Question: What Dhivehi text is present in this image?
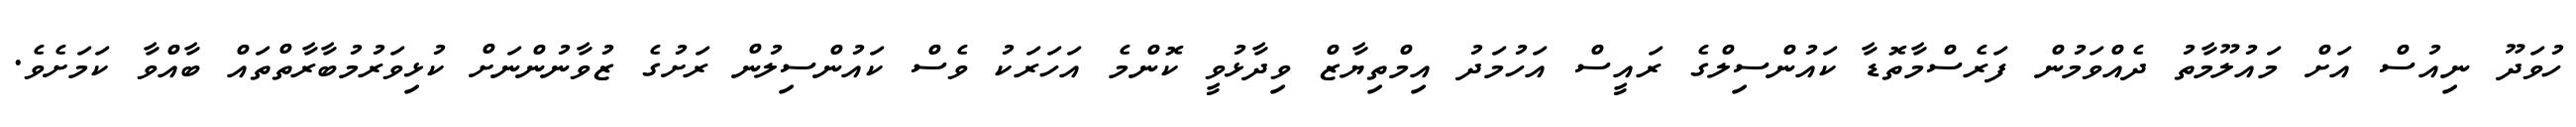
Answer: ހުވަދޫ ނިއުސް އަށް މައުލޫމާތު ދެއްވަމުން ފަރެސްމާތޮޑާ ކައުންސިލްގެ ރައީސް އަހުމަދު އިމްތިޔާޒް ވިދާޅުވީ ކޮންމެ އަހަރަކު ވެސް ކައުންސިލުން ރަށުގެ ޒުވާނުންނަށް ކުޅިވަރުމުބާރާތްތައް ބާއްވާ ކަމަށެވެ.